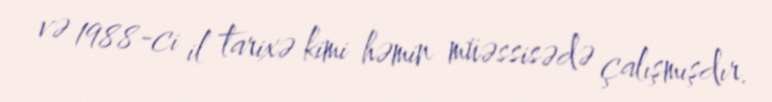
və 1988-ci il tarixə kimi həmin müəssisədə çalışmışdır.